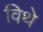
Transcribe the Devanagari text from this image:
विथे